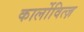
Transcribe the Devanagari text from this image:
कार्लोवित्ज़